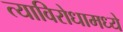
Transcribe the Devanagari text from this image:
त्याविरोधामध्ये